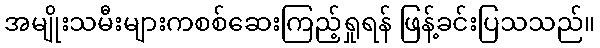
အမျိုးသမီးများကစစ်ဆေးကြည့်ရှုရန် ဖြန့်ခင်းပြသသည်။